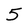
Character: 5